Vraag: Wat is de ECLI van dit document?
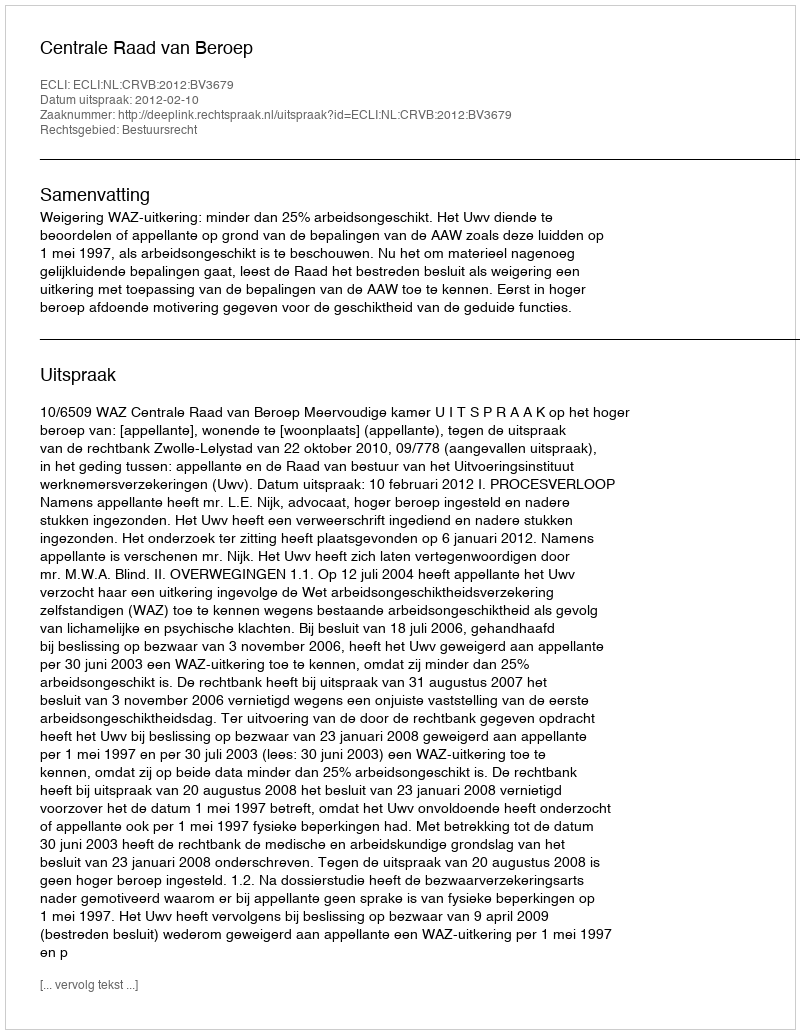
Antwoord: ECLI:NL:CRVB:2012:BV3679